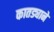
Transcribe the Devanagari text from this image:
कातड्याने